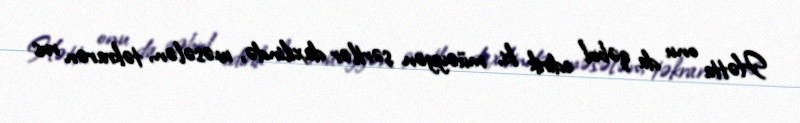
Hətta onu da qəbul edirik ki, müəyyən şərtlər daxilində, məsələn, təkrarən rus